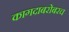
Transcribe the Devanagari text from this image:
कागदाबरोबरच